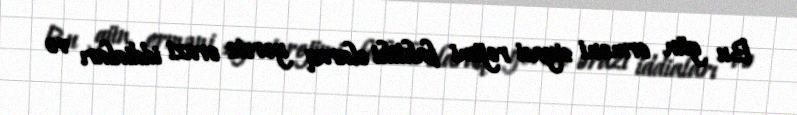
Bu gün erməni siyasi rejimi faktiki olaraq yersiz ərazi iddiaları və